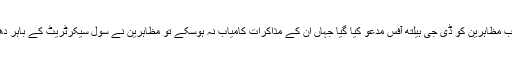
دوسری جانب مظاہرین کو ڈی جی ہیلتھ آفس مدعو کیا گیا جہاں ان کے مذاکرات کامیاب نہ ہوسکے تو مظاہرین نے سول سیکرٹریٹ کے باہر دھرنا دے دیا۔